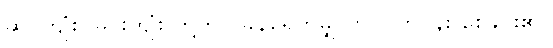
ဆင်ကျုံး၊ မြင်းကျုံး တို့တွင် ခုနစ်ရက်မျှ တပင်တပန်း စေခိုင်း၏။